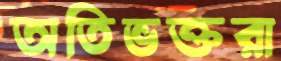
অতিভক্তরা